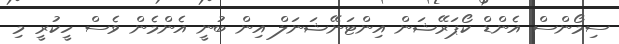
ސިމޯންސް އެންޑް ކޯޕަރޭޝަން އިންޓަނޭޝަނަލް އިން ބުނީ އެންމެން ވެސް ހީކުރީ މި